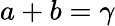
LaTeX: a+b=\gamma